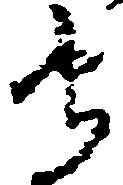
守